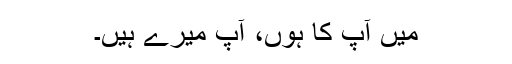
میں آپ کا ہوں، آپ میرے ہیں۔